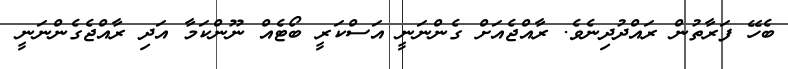
ބެހޭ ފަރާތުން ރައްދުދިނެވެ. ރާއްޖެއަށް ގެންނަނީ އަސްކަރީ ބޯޓެއް ނޫންކަމާ އަދި ރާއްޖެގެންނަނީ